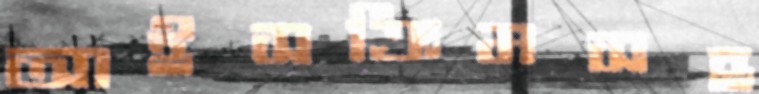
আইসক্রিমসহ